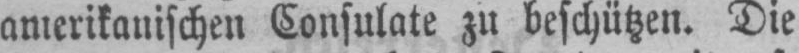
amerikanischen Consulate zu beschützen. Die